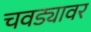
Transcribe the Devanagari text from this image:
चवड्यावर